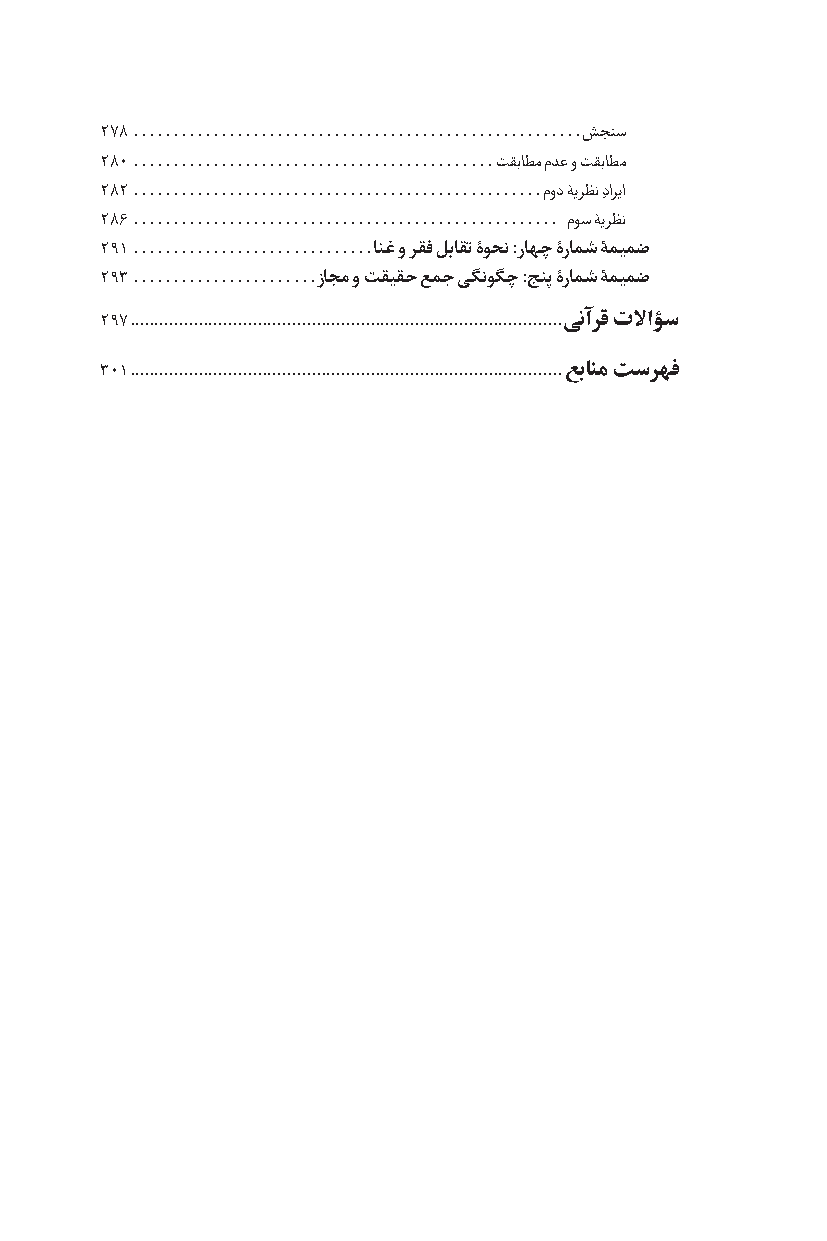
278 � � � � � � � � � � � � � � � � � � � � � � � � � � � � � � � � � � � � � � � � � � � � � � � � � � � � � � � �شجنس
 280 � � � � � � � � � � � � � � � � � � � � � � � � � � � � � � � � � � � � � � � � � � � � � تقباطم مدع و تقباطم
 282 � � � � � � � � � � � � � � � � � � � � � � � � � � � � � � � � � � � � � � � � � � � � � � � � � � � مود ۀیرظن دِاریا
 286 � � � � � � � � � � � � � � � � � � � � � � � � � � � � � � � � � � � � � � � � � � � � � � � � � � � � � موس ۀیرظن
 291 � � � � � � � � � � � � � � � � � � � � � � � � � � � � � �انغ و رقف لباقت ۀوحن :راهچ ۀرامش ۀمیمض
 293 � � � � � � � � � � � � � � � � � � � � � � �زاجم و تقیقح عمج یگنوگچ :جنپ ۀرامش ۀمیمض
 297 ����������������������������������������������������������������������������������������ینآرق تلااؤس
 301 ����������������������������������������������������������������������������������������عبانم تسرهف